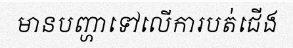
មានបញ្ហាទៅលើការបត់ជើង